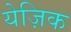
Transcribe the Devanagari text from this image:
येज़िक